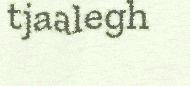
tjaalegh